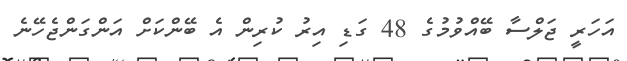
އަހަރީ ޖަލްސާ ބޭއްވުމުގެ 48 ގަޑި އިރު ކުރިން އެ ބޭންކަށް އަންގަންޖެހޭނެ